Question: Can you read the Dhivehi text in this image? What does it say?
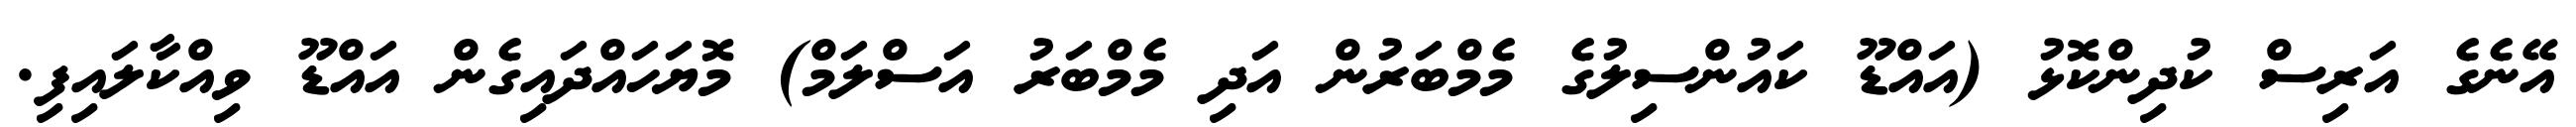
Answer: އޭނެގެ އަރިސް ކުދިންކޮޅު (އައްޑޫ ކައުންސިލުގެ މެމްބަރުން އަދި މެމްބަރު އަސްލަމް) މޮޔަހައްދައިގެން އައްޑޫ ވިއްކާލައިފި.